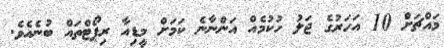
މައްޗަށް 10 އަހަރުގެ ޖަލު ހުކުމެއް އަންނާނެ ކަމަށް މީޑިއާ ރިޕޯޓްތައް ބުނެއެވެ.